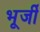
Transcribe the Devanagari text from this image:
भूर्जी